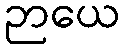
ဉာယေ